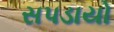
સપડાયો